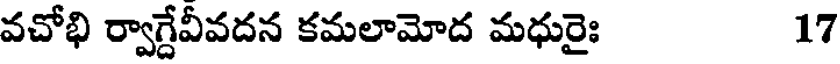
వచోభి ర్వాగ్దేవీవదన కమలామోద మధురైః 17